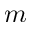
m